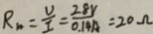
R _ { n } = \frac { V } { I } = \frac { 2 8 V } { 0 . 1 4 A } = 2 0 \Omega